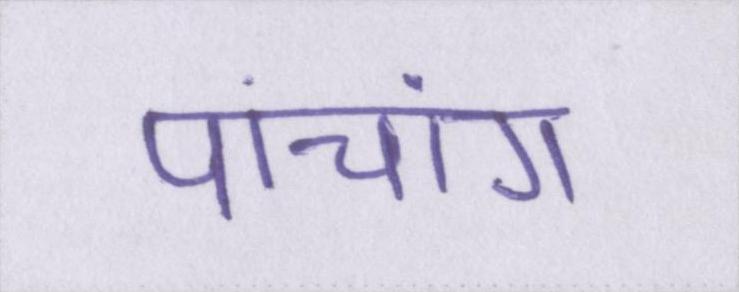
पांचांग